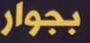
بجوار